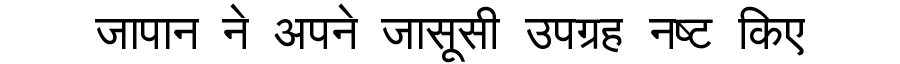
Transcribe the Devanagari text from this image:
जापान ने अपने जासूसी उपग्रह नष्ट किए